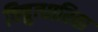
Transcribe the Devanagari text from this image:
विद्युत्धारिता